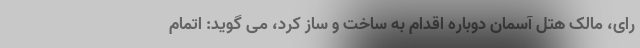
رای، مالک هتل آسمان دوباره اقدام به ساخت و ساز کرد، می گوید: اتمام